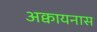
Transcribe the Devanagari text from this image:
अक्वायनास